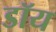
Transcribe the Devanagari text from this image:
डॉय